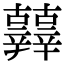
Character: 𨑀